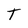
Character: T